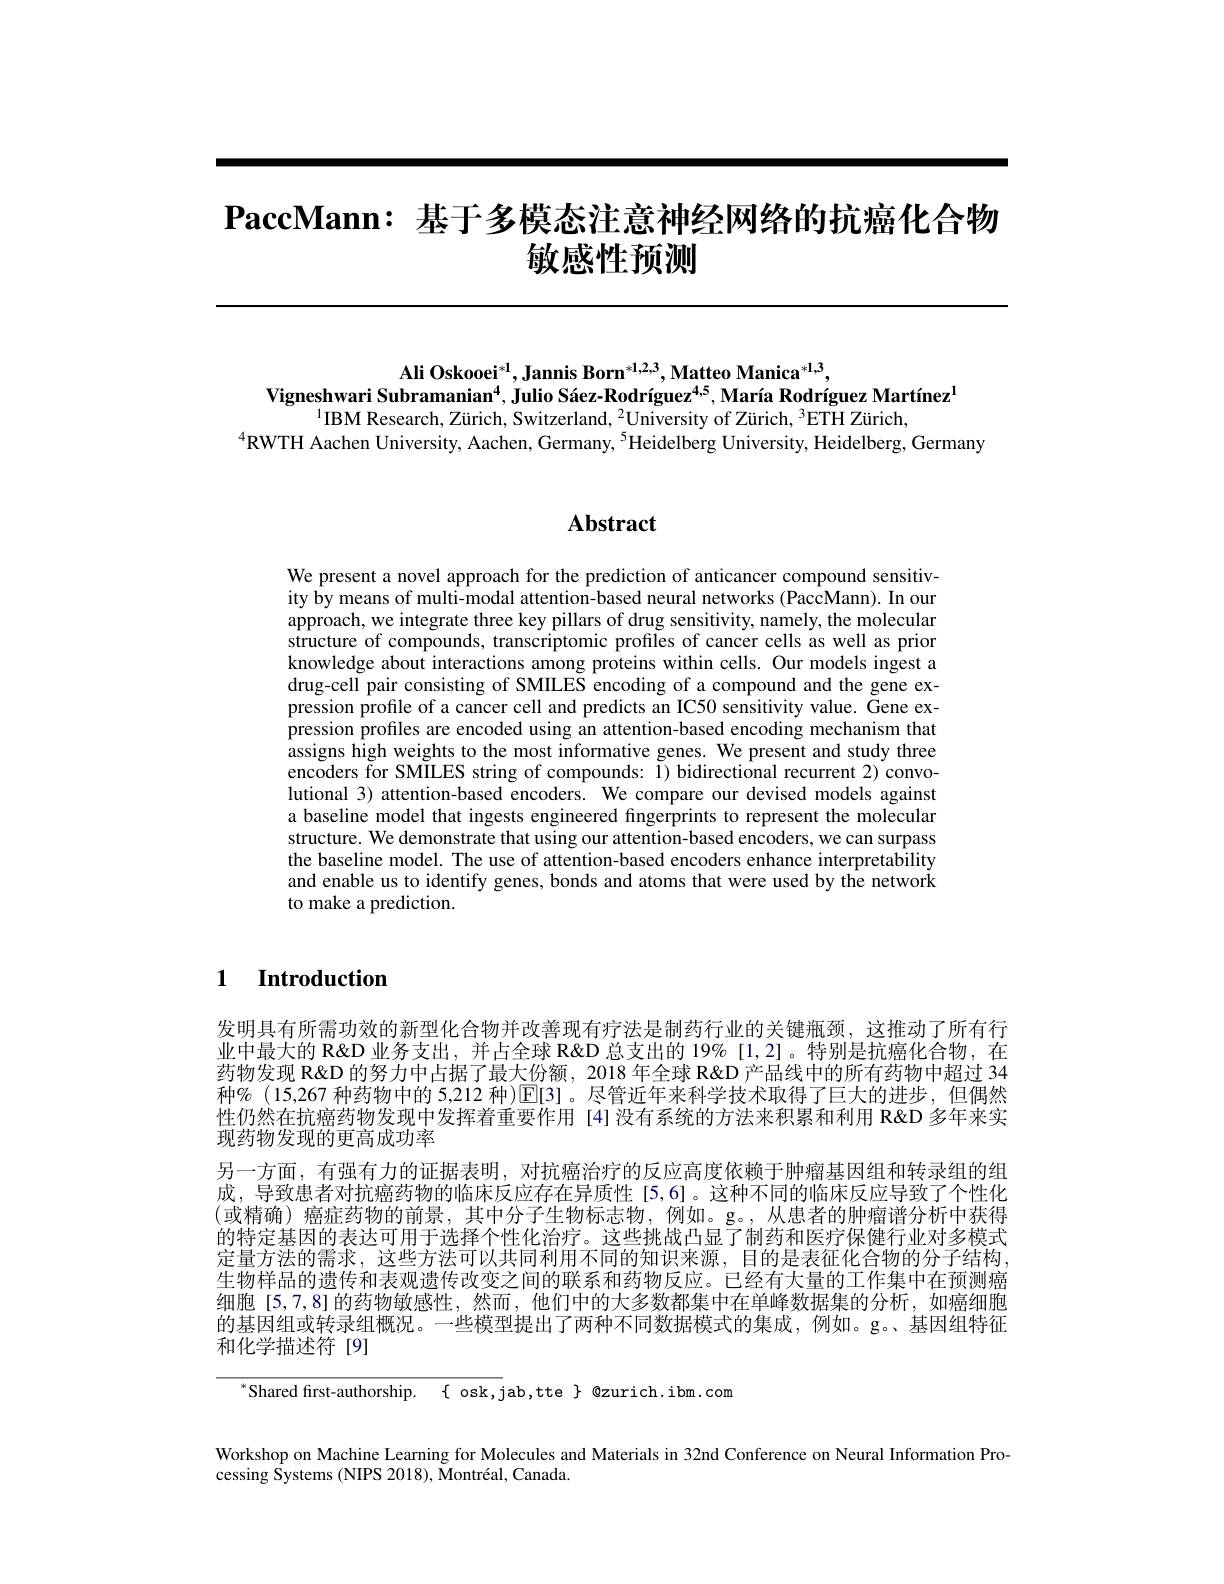
# $\textbf{PaccMann: 基 于 多 模 态 注 意 神 经 网 络 的 抗 癌 化 合 物 }$ 敏感性预测

Ali Oskooei$^*1$,Jannis Born$^*1,2,3$,Matteo Manica$^*1,3$,
Vigneshwari Subramanian$^4,\text{Julio S\'{a}ez-Rodr\'{ı}guez}^{4,5}$,María Rodríguez Martínez$^{1}$
$^{1}$IBM Research, Zürich, Switzerland, $^2$University of Zürich, $^3$ETH Zürich,
$^{4}$RWTH Aachen University, Aachen, Germany, $^{5}$Heidelberg University, Heidelberg, Germany

## $\mathbf{Abstract}$

We present a novel approach for the prediction of anticancer compound sensitivity by means of multi-modal attention-based neural networks (PaccMann). In our approach, we integrate three key pillars of drug sensitivity, namely, the molecular structure of compounds, transcriptomic profiles of cancer cells as well as prior knowledge about interactions among proteins within cells. Our models ingest a drug-cell pair consisting of SMILES encoding of a compound and the gene expression profile of a cancer cell and predicts an IC50 sensitivity value. Gene expression profiles are encoded using an attention-based encoding mechanism that assigns high weights to the most informative genes. We present and study three encoders for SMIILES string of compounds: I) bidirectional recurrent 2) convolutional 3) attention-based encoders. We compare our devised models against a baseline model that ingests engineered fingerprints to represent the molecular structure. We demonstrate that using our attention-based encoders, we can surpass the baseline model. The use of attention-based encoders enhance interpretability and enable us to identify genes, bonds and atoms that were used by the network to make a prediction.

1 Introduction

发明具有所需功效的新型化合物并改善现有疗法是制药行业的关键瓶颈，这推动了所有行业中最大的 R&D 业务支出，并占全球 R&D 总支出的 19% [1,2]。特别是抗癌化合物，在药物发现 R&D 的努力中占据了最大份额，2018 年全球 R&D 产品线中的所有药物中超过 34种$\%$ (15,267 种药物中的 5,212 种)$\overline{\mathrm{E}}[3]$。尽管近年来科学技术取得了巨大的进步，但偶然性仍然在抗癌药物发现中发挥着重要作用 [4]没有系统的方法来积累和利用 R'exD 多年来实现药物发现的更高成功率
另一方面，有强有力的证据表明，对抗癌治疗的反应高度依赖于肿瘤基因组和转录组的组成，导致患者对抗癌药物的临床反应存在异质性[5,6]。这种不同的临床反应导致了个性化(或精确)癌症药物的前景，其中分子生物标志物，例如。g。,从患者的肿瘤谱分析中获得的特定基因的表达可用于选择个性化治疗。这些挑战凸显了制药和医疗保健行业对多模式定量方法的需求，这些方法可以共同利用不同的知识来源，目的是表征化合物的分子结构， 生物样品的遗传和表观遗传改变之间的联系和药物反应。已经有大量的工作集中在预测癌细胞[5,7,8]的药物敏感性，然而，他们中的大多数都集中在单峰数据集的分析，如癌细胞的基因组或转录组概况。一些模型提出了两种不同数据模式的集成，例如。g。基因组特征和化学描述符[9]

$^{*}$Shared first-authorship.$\{$osk,jab,tte$\}$@zurich.ibm.com

Workshop on Machine Learning for Molecules and Materials in 32nd Conference on Neural Information Pro-
cessing Systems (NIPS 2018), Montréal, Canada.